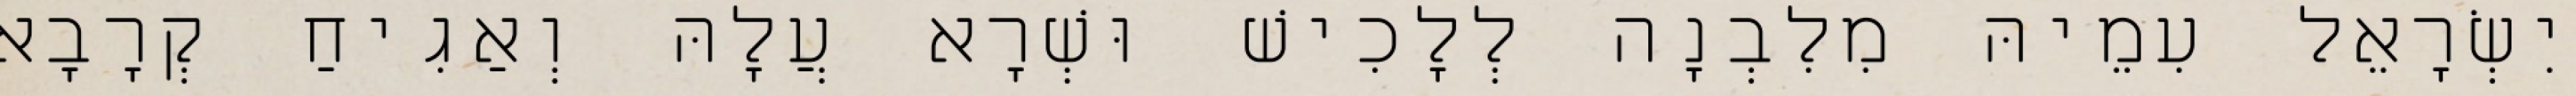
יִשְׂרָאֵל עִמֵיהּ מִלִבְנָה לְלָכִישׁ וּשְׁרָא עֲלָהּ וְאַגִיחַ קְרָבָא